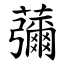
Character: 䕳